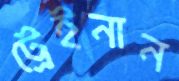
ট্রেইনান